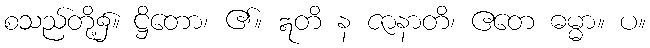
စသည်တို့၌။ ဋ္ဌိတော၊ ၏။ ဣတိ န ဇာနာတိ၊ ဧတေ ဓမ္မာ။ ပ။